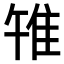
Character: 𨾟